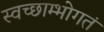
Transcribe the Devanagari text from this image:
स्वच्छाम्भोगतं